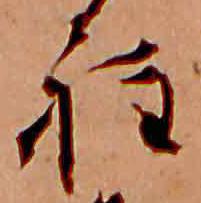
程